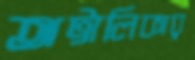
অট্টালিকার